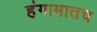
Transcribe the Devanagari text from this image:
हंगामातच